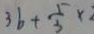
3 b + \frac { 5 } { 3 } \times 2